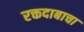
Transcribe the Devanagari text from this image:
रक्तदाबाचा